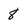
Character: 8